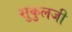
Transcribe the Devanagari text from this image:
सुकुलजी